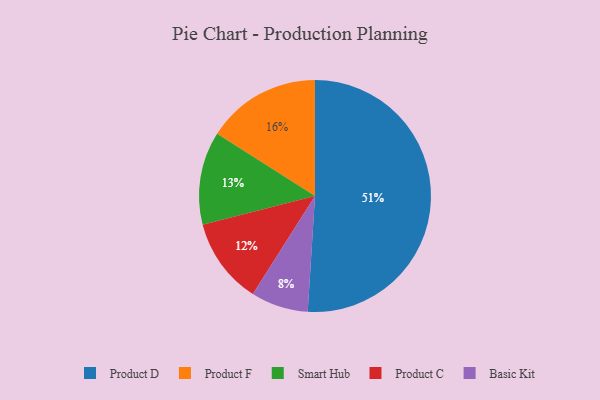
{"axis": {"x": "Category", "y": "Percentage"}, "legend": ["Basic Kit", "Product C", "Product D", "Product F", "Smart Hub"], "data": [{"x": "Product F", "y": 16, "type": "Product F"}, {"x": "Product C", "y": 12, "type": "Product C"}, {"x": "Basic Kit", "y": 8, "type": "Basic Kit"}, {"x": "Product D", "y": 51, "type": "Product D"}, {"x": "Smart Hub", "y": 13, "type": "Smart Hub"}]}